Document type: Sale
Year: 1235
Scribe: Pere de Bages
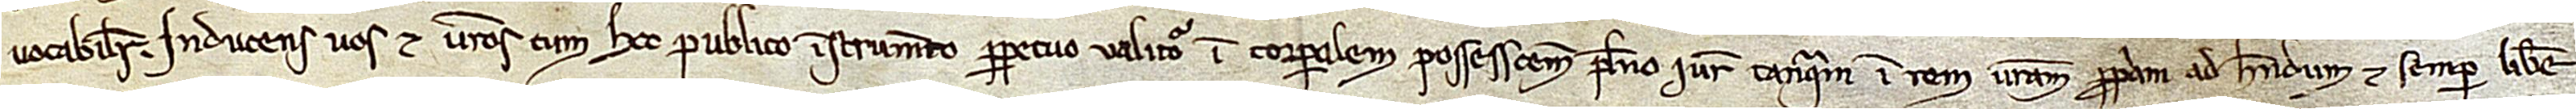
vocabiliter. Inducens vos et vestros cum hoc publico instrumento perpetuo valituro in corporalem possessionem pleno iure tanquam in rem vestram propriam, ad habendum et semper libere